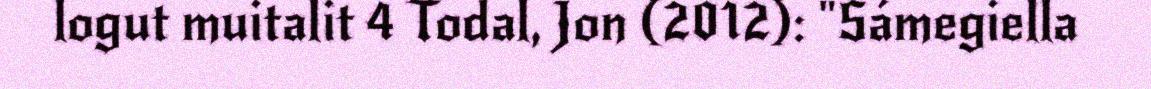
logut muitalit 4 Todal, Jon (2012): "Sámegiella